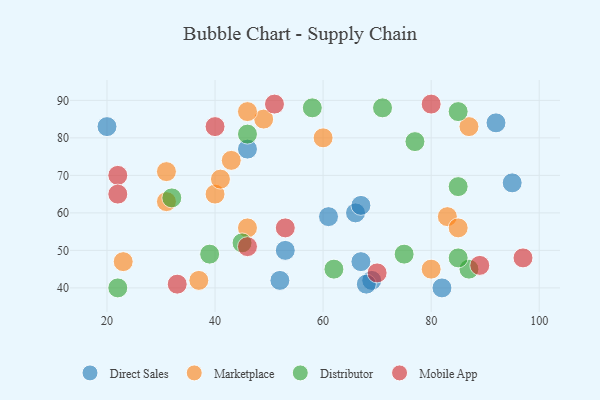
{"axis": {"x": "GDP", "y": "Life Expectancy"}, "legend": ["Direct Sales", "Distributor", "Marketplace", "Mobile App"], "data": [{"x": "92", "y": 84, "type": "Direct Sales"}, {"x": "95", "y": 68, "type": "Direct Sales"}, {"x": "53", "y": 50, "type": "Direct Sales"}, {"x": "46", "y": 77, "type": "Direct Sales"}, {"x": "66", "y": 60, "type": "Direct Sales"}, {"x": "69", "y": 42, "type": "Direct Sales"}, {"x": "67", "y": 62, "type": "Direct Sales"}, {"x": "67", "y": 47, "type": "Direct Sales"}, {"x": "20", "y": 83, "type": "Direct Sales"}, {"x": "52", "y": 42, "type": "Direct Sales"}, {"x": "82", "y": 40, "type": "Direct Sales"}, {"x": "61", "y": 59, "type": "Direct Sales"}, {"x": "68", "y": 41, "type": "Direct Sales"}, {"x": "87", "y": 83, "type": "Marketplace"}, {"x": "40", "y": 65, "type": "Marketplace"}, {"x": "49", "y": 85, "type": "Marketplace"}, {"x": "60", "y": 80, "type": "Marketplace"}, {"x": "46", "y": 56, "type": "Marketplace"}, {"x": "37", "y": 42, "type": "Marketplace"}, {"x": "46", "y": 87, "type": "Marketplace"}, {"x": "43", "y": 74, "type": "Marketplace"}, {"x": "41", "y": 69, "type": "Marketplace"}, {"x": "83", "y": 59, "type": "Marketplace"}, {"x": "23", "y": 47, "type": "Marketplace"}, {"x": "31", "y": 71, "type": "Marketplace"}, {"x": "85", "y": 56, "type": "Marketplace"}, {"x": "31", "y": 63, "type": "Marketplace"}, {"x": "80", "y": 45, "type": "Marketplace"}, {"x": "62", "y": 45, "type": "Distributor"}, {"x": "22", "y": 40, "type": "Distributor"}, {"x": "58", "y": 88, "type": "Distributor"}, {"x": "71", "y": 88, "type": "Distributor"}, {"x": "45", "y": 52, "type": "Distributor"}, {"x": "77", "y": 79, "type": "Distributor"}, {"x": "87", "y": 45, "type": "Distributor"}, {"x": "46", "y": 81, "type": "Distributor"}, {"x": "32", "y": 64, "type": "Distributor"}, {"x": "85", "y": 87, "type": "Distributor"}, {"x": "39", "y": 49, "type": "Distributor"}, {"x": "85", "y": 67, "type": "Distributor"}, {"x": "85", "y": 48, "type": "Distributor"}, {"x": "75", "y": 49, "type": "Distributor"}, {"x": "70", "y": 44, "type": "Mobile App"}, {"x": "51", "y": 89, "type": "Mobile App"}, {"x": "40", "y": 83, "type": "Mobile App"}, {"x": "22", "y": 70, "type": "Mobile App"}, {"x": "22", "y": 65, "type": "Mobile App"}, {"x": "46", "y": 51, "type": "Mobile App"}, {"x": "89", "y": 46, "type": "Mobile App"}, {"x": "53", "y": 56, "type": "Mobile App"}, {"x": "33", "y": 41, "type": "Mobile App"}, {"x": "97", "y": 48, "type": "Mobile App"}, {"x": "80", "y": 89, "type": "Mobile App"}]}